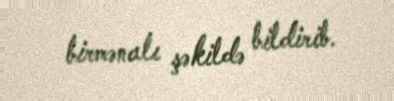
birmənalı şəkildə bildirib.